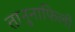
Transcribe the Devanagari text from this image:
तानुनाफिली